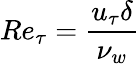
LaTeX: Re_{\tau}=\frac{u_{\tau}\delta}{\nu_{w}}